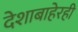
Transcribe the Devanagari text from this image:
देशाबाहेरही